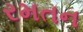
રમતન